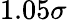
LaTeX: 1.05\sigma